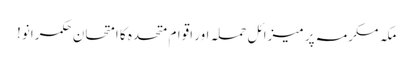
مکہ مکرمہ پر میزائل حملہ اور اقوام متحدہ کا امتحان	 حکمرانو!